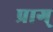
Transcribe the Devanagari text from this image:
प्राग्‌